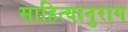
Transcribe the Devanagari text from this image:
साहित्यानुराग